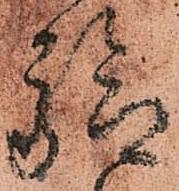
驗